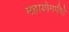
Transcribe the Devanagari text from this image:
महायोगपीठे